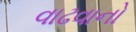
વાઢવાનો